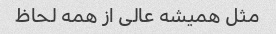
مثل همیشه عالی از همه لحاظ